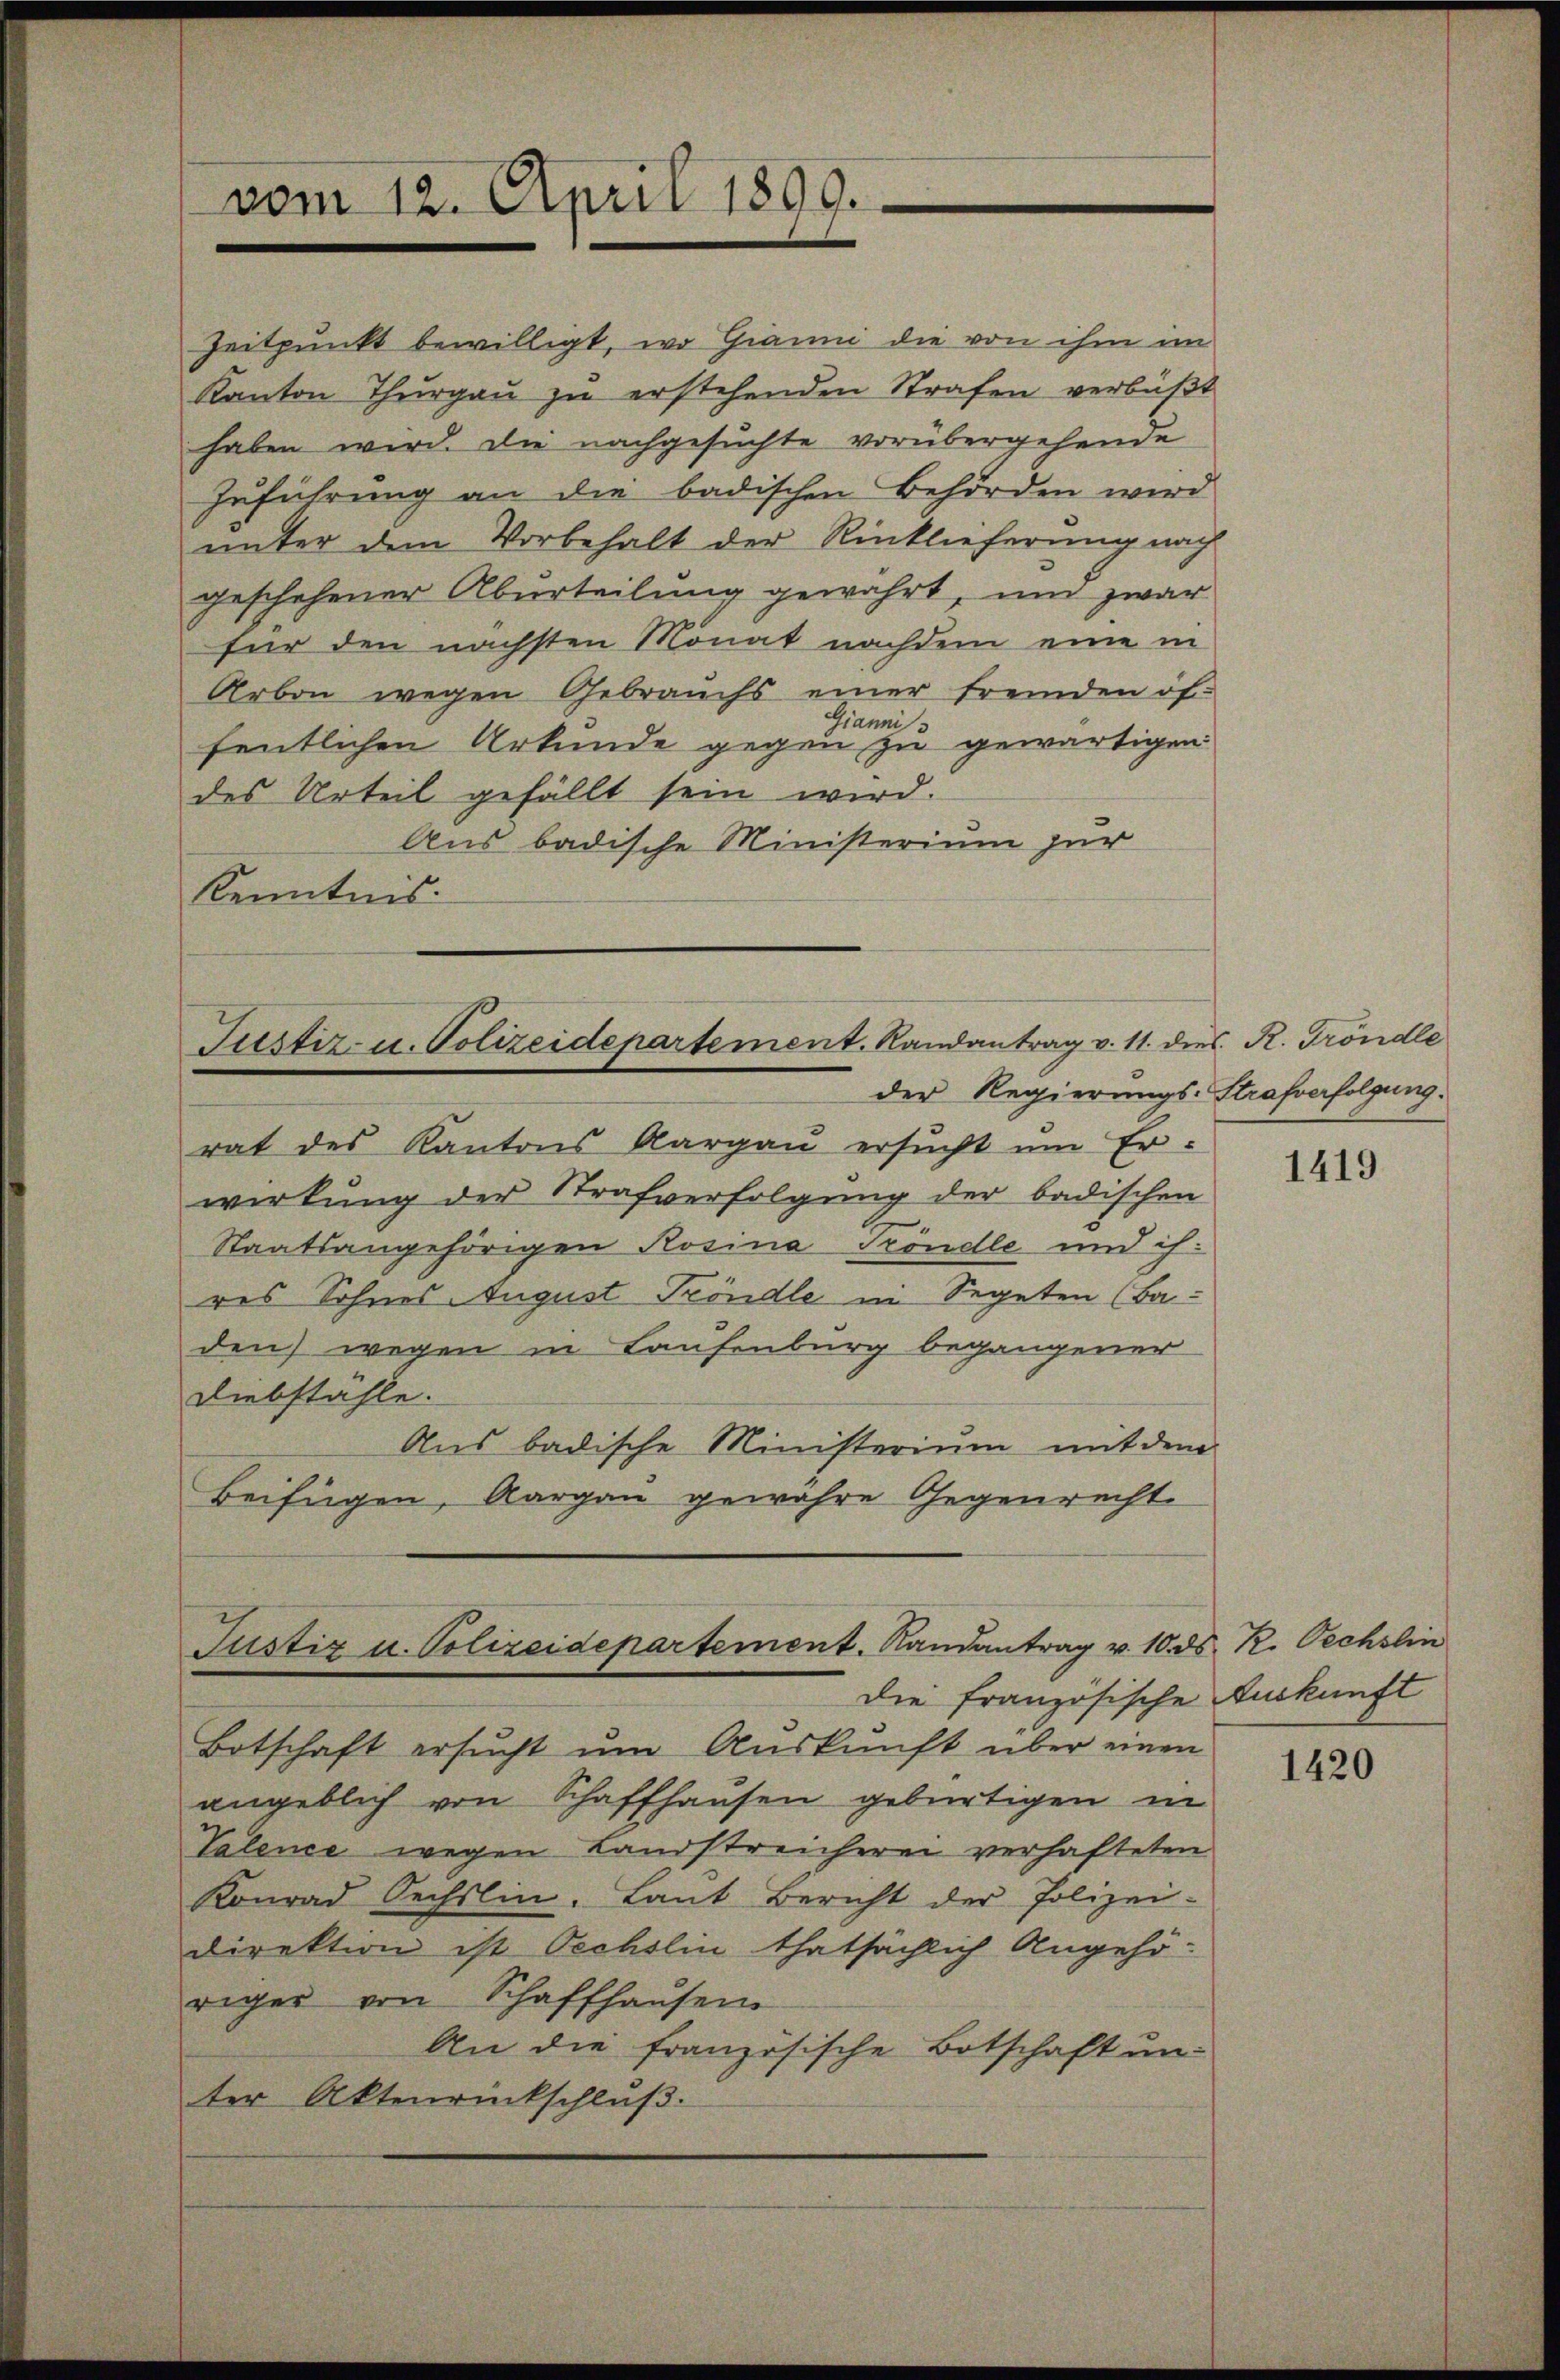
vom 12. April 1890.

Zeitpunkt bewilligt, wo Gianni die von ihm im
Kanton Thurgau zu erstehenden Strafen verbüßt
haben wird. Die nachgesuchte vorübergehende
Zuführung an die badischen Behörden wird
unter dem Vorbehalt der Rinklieferung nach
geschehener Aburteilung gewährt, um zwar
für den nächsten Monat nachdem eine in
Arbon wegen Gebrauchs einer fremden öf
Giannis
fentlichen Urkunde gegen zu gewärtigen
des Urteil gefällt sein wird.
Aus badische Ministerium zur
Kenntnis.

Justiz- u. Polizeidepartement. Randantrag v. 11. dies R. Tröndle
der Regierungs-Strafverfolgung.

rat des Kantons Aargau ersucht um Erwirkung der Strafverfolgung der badischen
Staatsangehörigen Rosina Tröndle und ihres Sohnes August Tröndle in Segeten (Ba-
den) wegen in Laufenburg begangener
Diebstahle.
Aus badische Ministerium mit dem
Beifügen, Aargau gewähre Gegenrecht

die französische Auskunft
Botschaft ersucht um Auskunft über einen
angeblich von Schaffhausen gebürtigen in
Valence wegen Landstreicherei verhafteten
Konrad Sechslin. Laŭt Bericht der Polizei-
Direktion ist Oechslin thatsächlich Angehö-
riger von Schaffhausen
An die französische Botschaft un-
ter Aktenrückschluß.

Justiz u. Polizeidepartement. Randantrag v. 10. ds

1419

K. Oechslin

1420